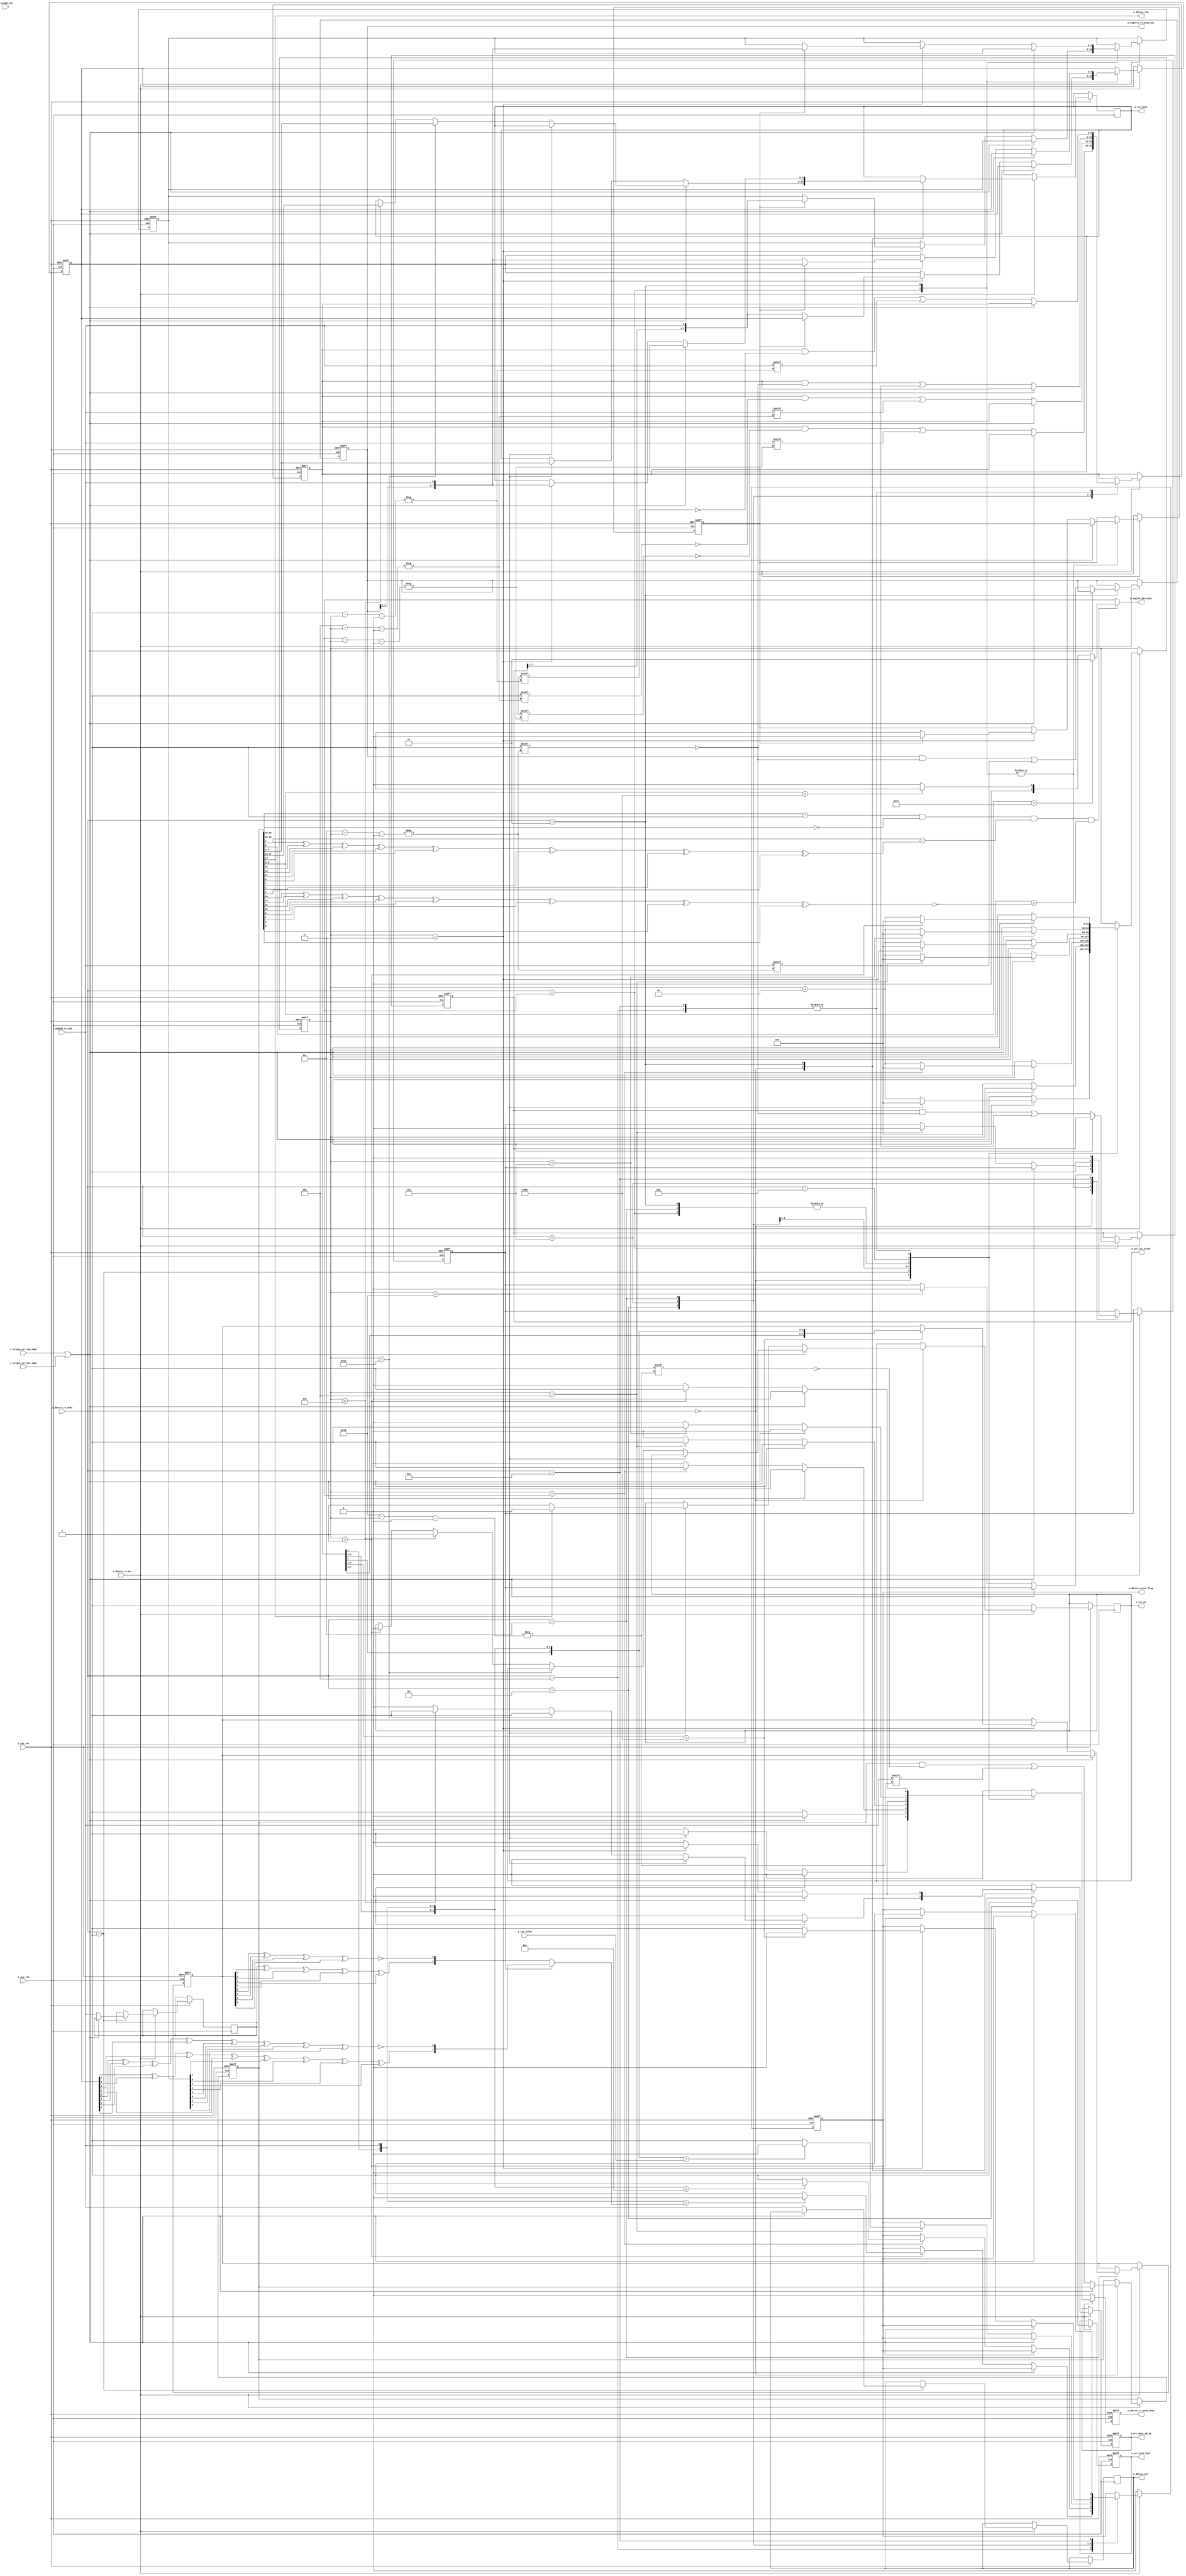
module target_rx (
  
input                     i_sys_clk,
input                     i_sys_rst,
input                     i_sclgen_scl,
input                     i_sclgen_scl_pos_edge,
input                     i_sclgen_scl_neg_edge,
input                     i_ddrccc_rx_en,
input                     i_sdahnd_rx_sda,
input     [3:0]           i_ddrccc_rx_mode,
input     [4:0]           i_crc_value,

output                    o_ddrccc_rnw,
output  reg  [7:0]        o_regfcrc_rx_data_out,
output  reg               o_ddrccc_rx_mode_done,
output  reg               o_ddrccc_pre,
output  reg  [1:0]        o_engine_decision,
output  reg               o_ddrccc_error_flag,
output  reg  [7:0]        o_ccc_ccc_value,
output  reg               o_crc_en,
output  reg               o_crc_data_valid,
output  reg               o_crc_last_byte,
output  reg  [7:0]        o_crc_data

);

localparam [3:0]  initializing = 'b0000,   //done 
                  pereamble = 'b0001, //done
				          deserializing_data = 'b0010, //done
				          deserializing_ccc_value = 'b0011, //done
				          check_Parity = 'b0100, //done
				          token_CRC = 'b0101, //done
				          CRC_value = 'b0110, //done
				          deserializing_address = 'b0111, //done
				          deserializing_zeros = 'b1000, //done
				          special_pereamble = 'b1001; //done
				          				         			          
wire [1:0] special_preamble = 'b01 ;
wire [3:0] token = 4'b1100;
wire [6:0] broadcast = 'h7E;
wire [6:0] my_address = 'h66; //ay kalaaaam

integer count;
reg [19:0] initial_seq;
reg [7:0] deserialized;
reg [7:0] A;
reg [7:0] D1, D2;

reg parity_flag; //to distinguish parity is calculated for cmd or data
reg rnw_flag;
reg first_byte_full;

wire seq_P1, seq_P0;
wire CMD_P1, CMD_P0;
wire D_P1, D_P0;
wire [1:0] Parity;
wire decision_error;

assign seq_P1 = initial_seq[17] ^ initial_seq[15] ^ initial_seq[13] ^ initial_seq[11] ^ initial_seq[9] ^ initial_seq[7] ^ initial_seq[5] ^ initial_seq[3];
assign seq_P0 = initial_seq[16] ^ initial_seq[14] ^ initial_seq[12] ^ initial_seq[10] ^ initial_seq[8] ^ initial_seq[6] ^ initial_seq[4] ^ initial_seq[2] ^ 1;
assign CMD_P1 = rnw_flag ^ A[7] ^ A[5] ^ A[3] ^ A[1] ;
assign CMD_P0 = A[6] ^ A[4] ^ A[2] ^ A[0] ^ 1 ;
assign D_P1 = D1[7] ^ D1[5] ^ D1[3] ^ D1[1] ^ D2[7] ^ D2[5] ^ D2[3] ^ D2[1] ;
assign D_P0 = D1[6] ^ D1[4] ^ D1[2] ^ D1[0] ^ D2[6] ^ D2[4] ^ D2[2] ^ D2[0] ^ 1 ;
assign Parity =  parity_flag? {D_P1,D_P0} : {CMD_P1, CMD_P0};
assign decision_error = (initial_seq[19:18] == special_preamble) & (initial_seq[16:10] == 0) & (initial_seq[1] == seq_P1) & (initial_seq[0] == seq_P0);
assign o_ddrccc_rnw = initial_seq[17];

always @ (*)
 begin
   if(!decision_error)
    o_engine_decision = 2'b11;
   else  
     begin
       case (initial_seq[9:3])
        broadcast : o_engine_decision = 2'b10;
        my_address : o_engine_decision = 2'b01;
        default : o_engine_decision = 2'b00; //not me
       endcase
     end
  end


always @ (posedge i_sys_clk or negedge i_sys_rst)
 begin
   if(~i_sys_rst) begin 
             o_regfcrc_rx_data_out <= 0;
             o_ddrccc_rx_mode_done <= 0;
             o_ccc_ccc_value <= 0;
             o_ddrccc_error_flag <= 0;
             count <= 0;
             initial_seq <= 0;
             deserialized <= 0;
             A <= 0;
             D1 <= 0;
             D2 <= 0;
             first_byte_full <= 0;
             o_crc_data_valid <= 0;
             o_crc_last_byte <= 0;
             parity_flag <= 0;       
      end
  
   else if (i_ddrccc_rx_en)
     
     begin
   
  		  o_ddrccc_rx_mode_done <= 0;
		  o_crc_data_valid <= 0;
                  o_crc_last_byte <= 0;
		  case (i_ddrccc_rx_mode) 
		    
		    //////////////////////////////////////////////
		    
		    initializing : begin
		      
		      if(i_sclgen_scl_neg_edge || i_sclgen_scl_pos_edge)
                               begin                         
                                count <= count + 1; 

                                if(count == 'd19)
                                begin
                                  count <= 'b0;
                                end
                                
                                else if (count == 'd18)
                                  begin
                                    o_crc_data <= initial_seq[9:2]; 
                                    o_crc_data_valid <= 1;
                                  end

                                else if(count == 'd11)
                                  begin
                                    o_crc_data <= initial_seq[17:10];
                                    o_crc_en <= 1;
                                    o_crc_data_valid <= 1;
                                  end

                                else if(count == 'd1)
                                  o_crc_en <= 0;
                               end

                            else 
                             begin
                              initial_seq['d19 - count] <= i_sdahnd_rx_sda;
                              if(count == 'd19)
                               begin                                                   
                                    parity_flag <= 0;
                                    o_ddrccc_rx_mode_done <= 1'b1;
                                    o_crc_data <= initial_seq[9:2];     
                                    if (initial_seq[17])
                                     o_crc_en <= 0;
                                    else
                                     o_crc_en <= 1;
                               end
                              end   
		      
		      end
		    //////////////////////////////////////////////
		    
		    pereamble: begin
		      
          if(!(i_sclgen_scl_neg_edge || i_sclgen_scl_pos_edge))
                             begin                                                                        
                                o_ddrccc_pre <= i_sdahnd_rx_sda;                                    
                                o_ddrccc_rx_mode_done <= 1'b1;
                                rnw_flag <= i_sdahnd_rx_sda;
                                count <= 'b0;
                             end 
    
		      end
		    
		    /////////////////////////////////////////////
		    
		    deserializing_ccc_value: begin
                            
                            parity_flag <= 1;
                            if(i_sclgen_scl_neg_edge || i_sclgen_scl_pos_edge)
                               begin                         
                                count <= count + 1; 
                                if(count == 'd7)
                                begin
                                  count <= 'b0;
                                end
                               end

                            else 
                             begin
                              o_ccc_ccc_value['d7 - count] <= i_sdahnd_rx_sda;
                              if(count == 'd7)
                               begin                                                   
                                  o_ddrccc_rx_mode_done <= 1'b1;
                              			 if (!first_byte_full)
			                              begin
			                               D1 <= {o_ccc_ccc_value[7:1],i_sdahnd_rx_sda};
			                               first_byte_full <= 1;
			                              end
			                            else
			                              begin
			                               D2 <= {o_ccc_ccc_value[7:1],i_sdahnd_rx_sda};
			                               first_byte_full <= 0;
			                              end
                               end
                            end
                          end
                            
        //////////////////////////////////////////////
        
        		    check_Parity: begin
                            
                            if(i_sclgen_scl_neg_edge || i_sclgen_scl_pos_edge)
                               begin                         
                                count <= count + 1; 
                                if(count == 'd1)
                                begin
                                  count <= 'b0;
                                end
                               end

                            else 
                             begin
                              deserialized['d1 - count] <= i_sdahnd_rx_sda;
                              if(count == 'd1)
                                begin                                                   
                                  o_ddrccc_rx_mode_done <= 1'b1;
                                  if ({deserialized[1],i_sdahnd_rx_sda} == Parity)
                                    o_ddrccc_error_flag = 0;
                                  else
                                    o_ddrccc_error_flag = 1;
                                end
                             end

                            end
		    
		    //////////////////////////////////////////////

        deserializing_data: begin
                            
                            parity_flag <= 1;
                            if(i_sclgen_scl_neg_edge || i_sclgen_scl_pos_edge)
                               begin                         
                                count <= count + 1; 
                                if(count == 'd7)
                                begin
                                  count <= 'b0;       
                                end
                               end

                            else 
                             begin
                              o_regfcrc_rx_data_out['d7 - count] <= i_sdahnd_rx_sda;
                              if(count == 'd7)
                                begin
                                  o_crc_data_valid <= 1;                 
                                  o_ddrccc_rx_mode_done <= 1'b1;
                                  o_crc_data <= {o_regfcrc_rx_data_out[7:1],i_sdahnd_rx_sda};
                                  if (!first_byte_full)
			            begin
			              D1 <= {o_regfcrc_rx_data_out[7:1],i_sdahnd_rx_sda};
			              first_byte_full <= 1;
			            end
			          else
			            begin
			              D2 <= {o_regfcrc_rx_data_out[7:1],i_sdahnd_rx_sda};
			              first_byte_full <= 0;
			            end
			       end
                             end

                            end
                            
        /////////////////////////////////////////////////
        
        token_CRC: begin
                            
                            o_crc_last_byte <= 1;
                            if(i_sclgen_scl_neg_edge || i_sclgen_scl_pos_edge)
                               begin                         
                                count <= count + 1; 
                                if(count == 'd3)
                                begin
                                  count <= 'b0;
                                end
                               end

                            else 
                             begin
                              deserialized['d3 - count] <= i_sdahnd_rx_sda;
                              if(count == 'd3)
                               begin                                                   
                                  o_ddrccc_rx_mode_done <= 1'b1;
                                  if ({deserialized[3:1],i_sdahnd_rx_sda} == token)
                                    o_ddrccc_error_flag = 0;
                                  else
                                    o_ddrccc_error_flag = 1;
                               end
                             end

                            end
        
        ////////////////////////////////////////////////
        
                CRC_value: begin
                            
                            if(i_sclgen_scl_neg_edge || i_sclgen_scl_pos_edge)
                               begin                         
                                count <= count + 1; 
                                if(count == 'd4)
                                begin
                                  count <= 'b0;
                                end
                               end

                            else 
                             begin
                              deserialized['d4 - count] <= i_sdahnd_rx_sda;
                              if(count == 'd4)
                               begin   
                                  parity_flag <= 0;              
                                  o_ddrccc_rx_mode_done <= 1'b1;
                                  if ({deserialized[4:1],i_sdahnd_rx_sda} == i_crc_value)
                                    o_ddrccc_error_flag = 0;
                                  else
                                    o_ddrccc_error_flag = 1;
                               end
                             end

                            end
        
        ///////////////////////////////////////////////
        
                  deserializing_address: begin
                            
                            if(i_sclgen_scl_neg_edge || i_sclgen_scl_pos_edge)
                               begin                         
                                count <= count + 1; 
                                if(count == 'd7)
                                begin
                                  count <= 'b0;
                                end
                               end

                            else 
                             begin
                              deserialized['d7 - count] <= i_sdahnd_rx_sda;
                              if(count == 'd7)
                               begin                                                   
                                  o_ddrccc_rx_mode_done <= 1'b1;
                                  if (deserialized[7:1] == my_address)
                                    begin
                                      o_ddrccc_error_flag <= 0;
                                      A <= {deserialized[7:1],i_sdahnd_rx_sda};
                                     end 
                                  else
                                    o_ddrccc_error_flag <= 1;
                               end
                             end

                            end
        
        //////////////////////////////////////////////
        
        deserializing_zeros: begin
                            
                            if(i_sclgen_scl_neg_edge || i_sclgen_scl_pos_edge)
                               begin                         
                                count <= count + 1; 
                                if(count == 'd6)
                                begin
                                  count <= 'b0;
                                end
                               end

                            else 
                             begin
                              if(count == 'd6)                                                   
                                  o_ddrccc_rx_mode_done <= 1'b1;
                             end

                            end
        
        ////////////////////////////////////////////////
        
        special_pereamble: begin
                            
                            parity_flag <= 0;
                            if(i_sclgen_scl_neg_edge || i_sclgen_scl_pos_edge)
                               begin                         
                                count <= count + 1; 
                                if(count == 'd1)
                                begin
                                  count <= 'b0;
                                end
                               end

                            else 
                             begin
                              deserialized['d1 - count] <= i_sdahnd_rx_sda;
                              if(count == 'd1)
                               begin                                                   
                                  o_ddrccc_rx_mode_done <= 1'b1;
                                  if ({deserialized[1],i_sdahnd_rx_sda} == special_pereamble)
                                    o_ddrccc_error_flag <= 0;
                                  else
                                    o_ddrccc_error_flag <= 1;     
                               end
                             end

                            end
                            
                        endcase                     
        
        /////////////////////////////////////////////////
          
   end
   
 else
  begin
   o_ddrccc_rx_mode_done <= 1'b0;
   o_crc_en <= 1;
   o_ddrccc_error_flag<= 0;
 
end

   
  end                         
endmodule